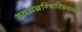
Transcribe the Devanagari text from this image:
हृदयग्रन्थिश्छिद्यन्ते